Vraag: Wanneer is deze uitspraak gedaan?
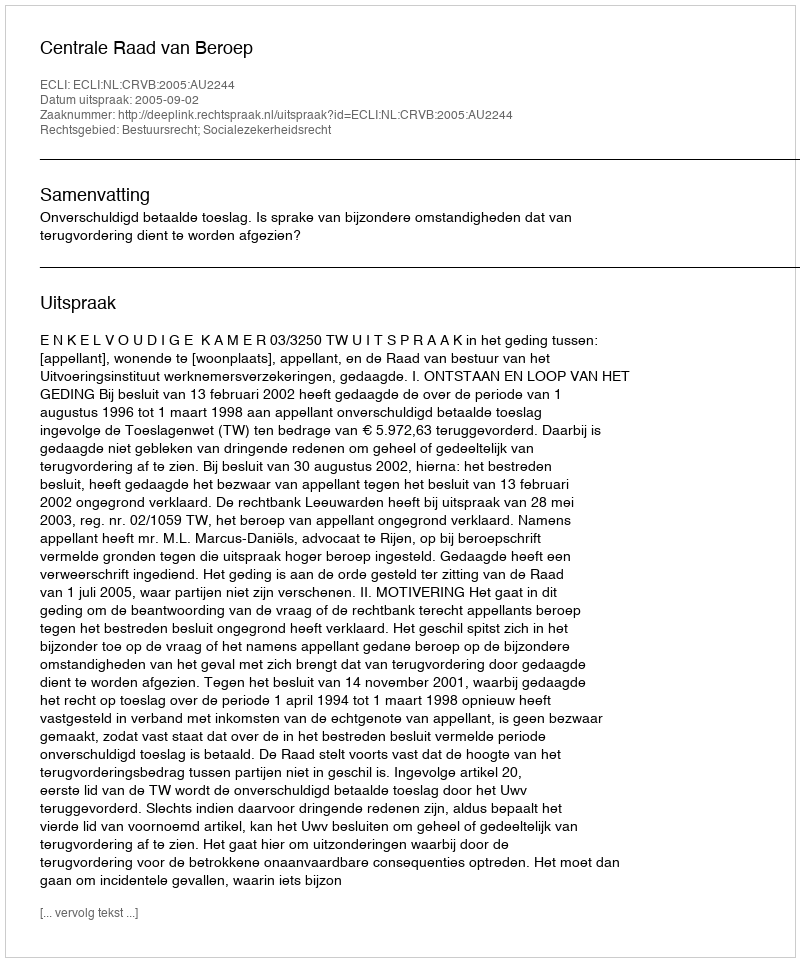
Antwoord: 2005-09-02